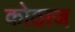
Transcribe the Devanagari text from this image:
कोठाज